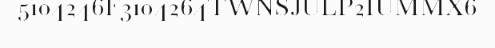
5104246F3104264TWNSJULP2IUMMX6